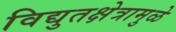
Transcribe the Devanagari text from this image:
विद्युतक्षेत्रामुळे